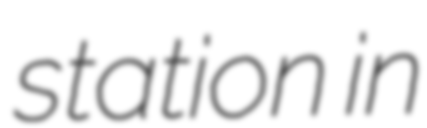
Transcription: station in